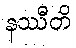
နဿီတိ